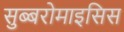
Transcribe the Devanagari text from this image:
सुब्बरोमाइसिस